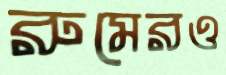
রুমেরও